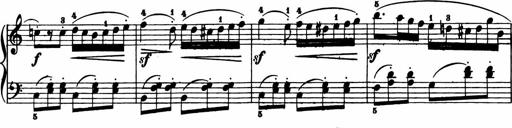
Title: 11 Sonatinas for Piano Solo
Composer: Anton Diabelli